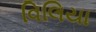
વિલિયા